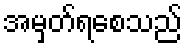
အမှတ်ရစေသည်